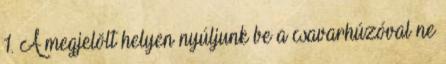
1. A megjelölt helyen nyúljunk be a csavarhúzóval ne